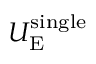
U _ { \mathrm { E } } ^ { \mathrm { s i n g l e } }